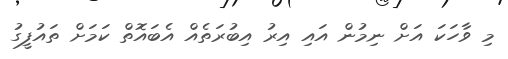
މި ވާހަކަ އަށް ނިމުން އައި އިރު އިބުރަތެއް އެބައޮތް ކަމަށް ތައުފީގު